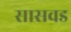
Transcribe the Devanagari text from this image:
सासवड